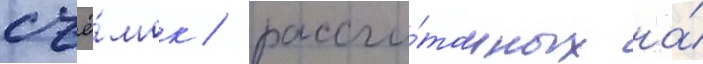
съё́мок / рассчи́танных на́